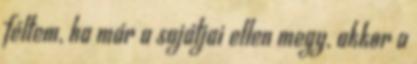
féltem, ha már a sajátjai ellen megy, akkor a